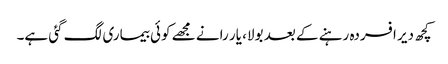
کچھ دیر افسردہ رہنے کے بعد بولا، یار رانے مجھے کوئی بیماری لگ گئی ہے۔